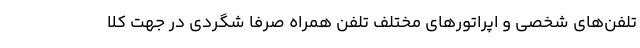
تلفن‌های شخصی و اپراتورهای مختلف تلفن همراه صرفا شگردی در جهت کلا